kultuurilooline_kollektsioon, lk 40
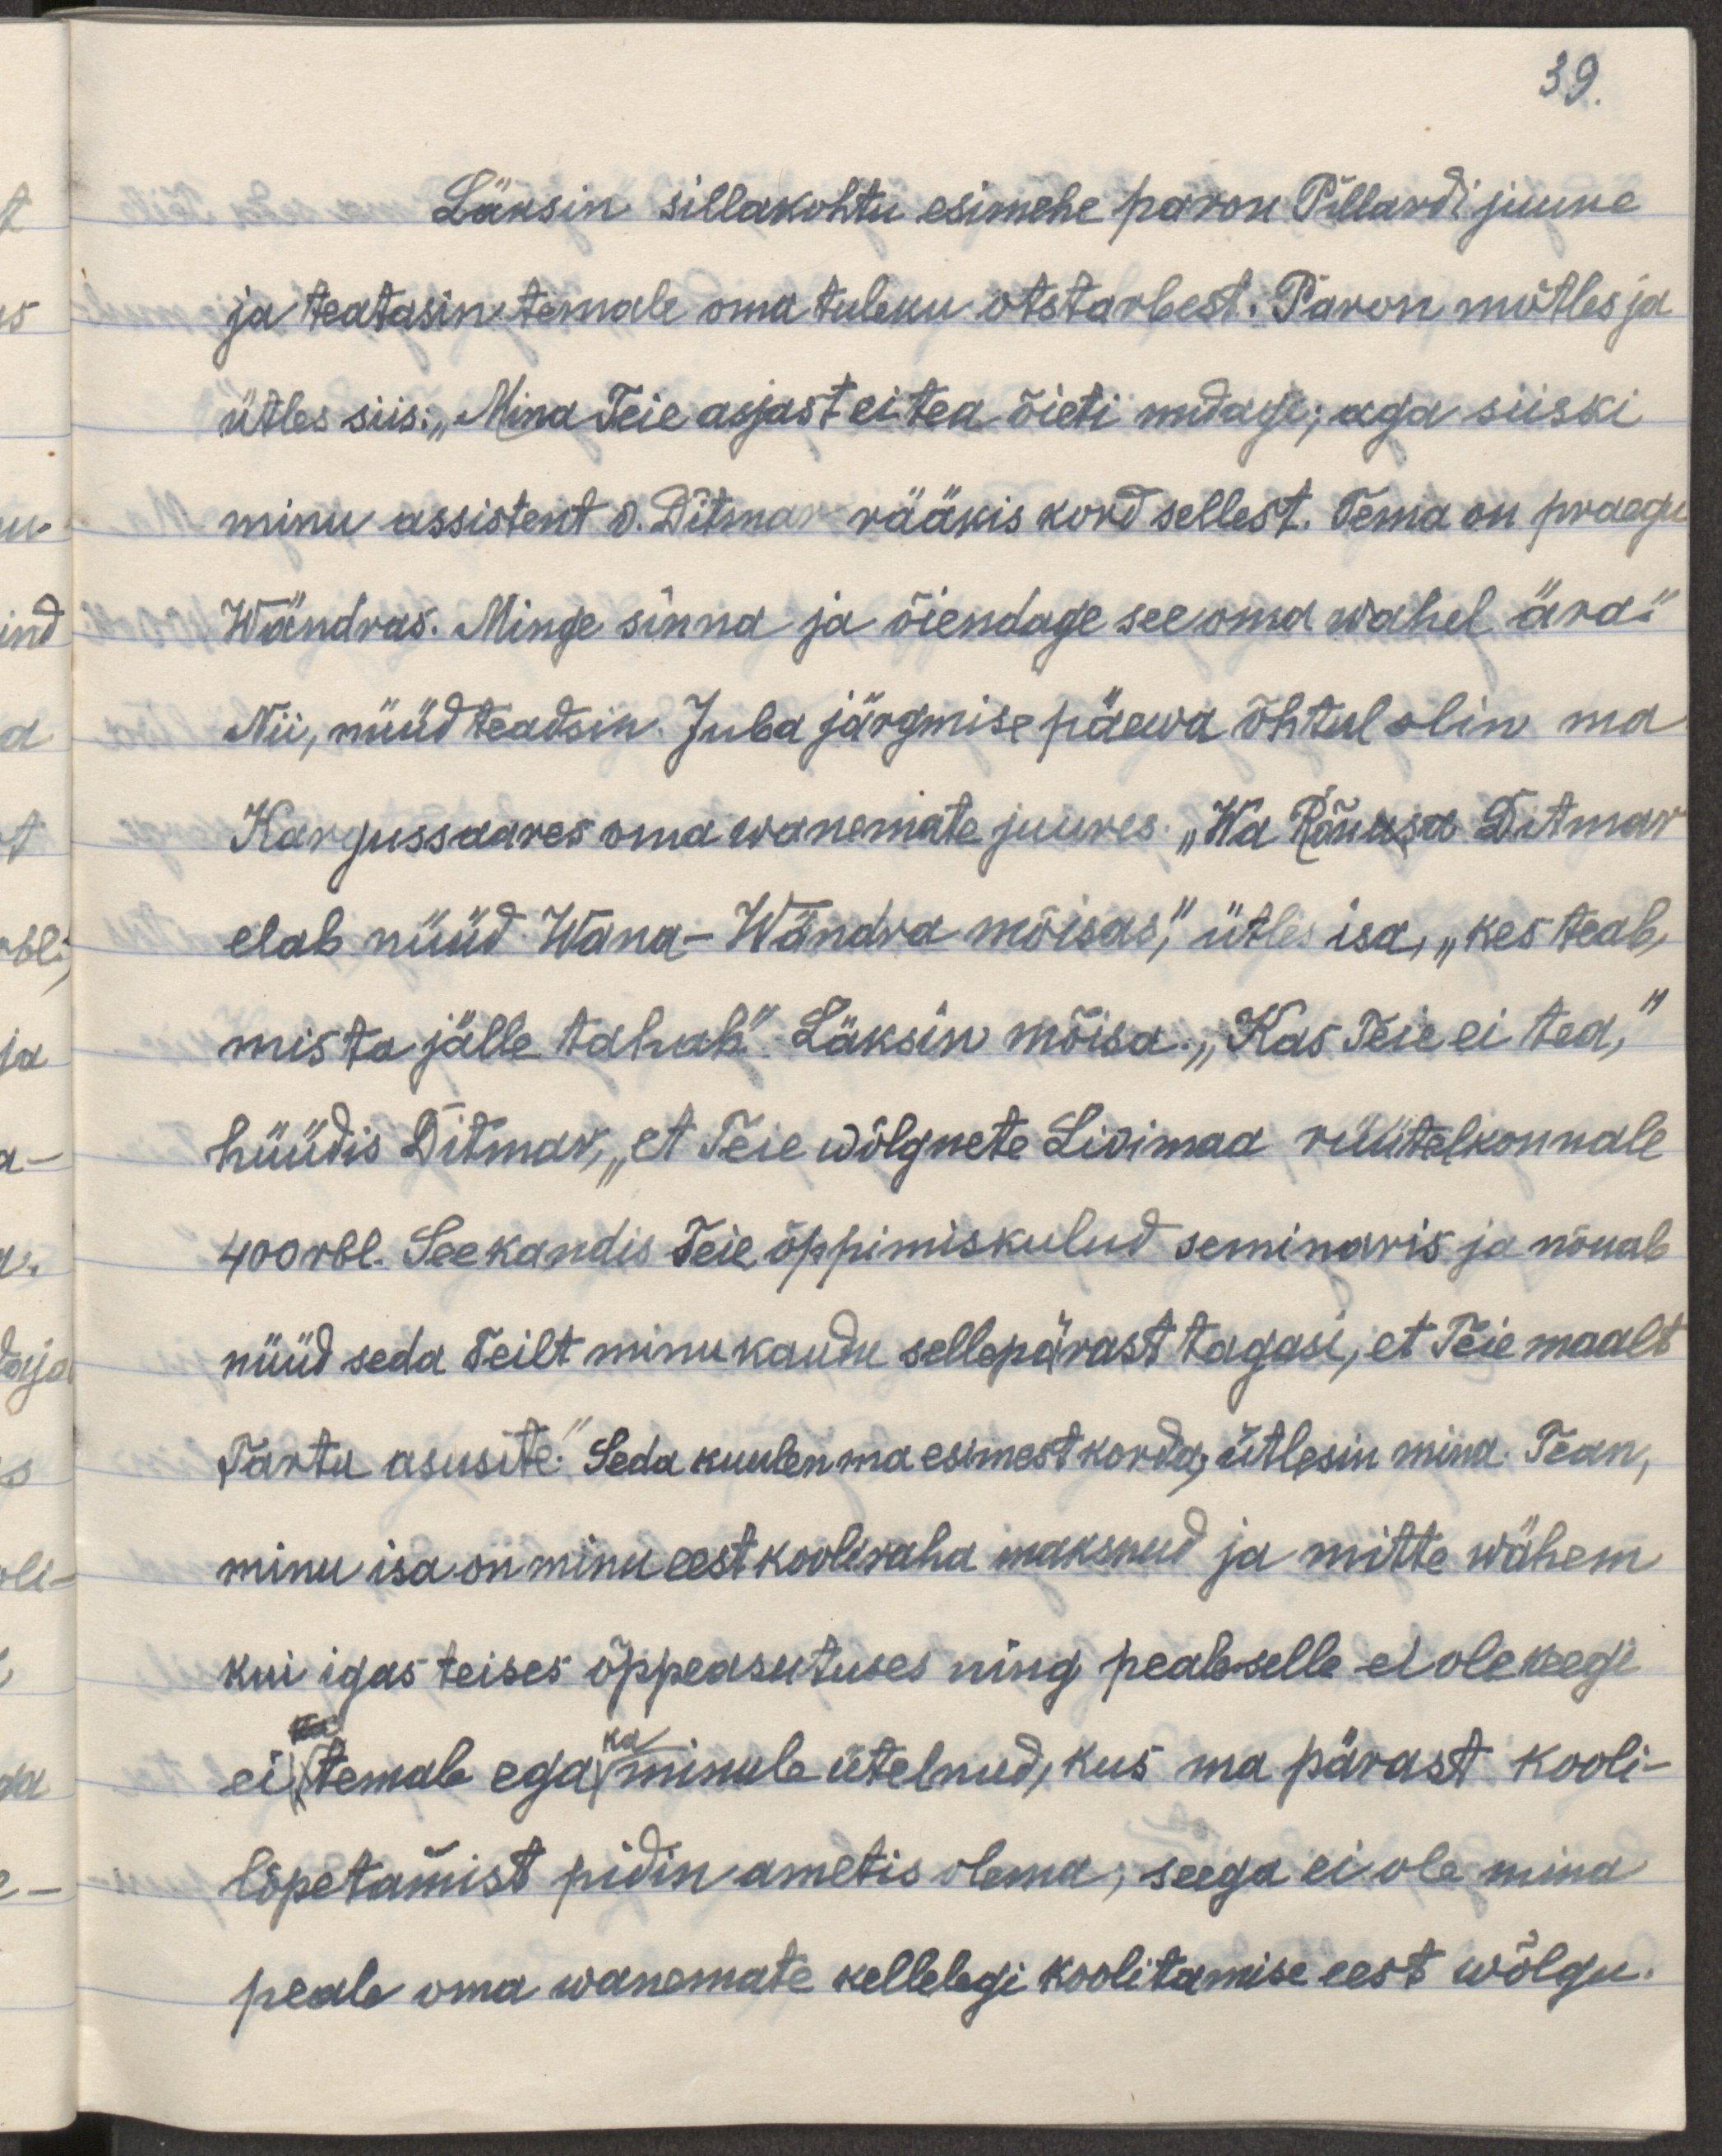
39.
Läksin sillakohtu esimehe paron Pillardi juure
ja teatasin temale oma tuleku otstarbest. Paron mõtles ja 
ütles siis: „Mina teie asjast ei tea õieti midagi; aga siiski
minu assistent v. Ditmar rääkis kord sellest. Tema on praegu 
Wändras. Minge sinna ja õigendage see oma wahel ära."
Nii, nüüd teadsin. Juba järgmise päewa õhtul olin ma 
Kargussaares oma wanemate juures. „Ka Rõuusa Ditmar
elab nüüd Wana-Wändra mõisas," ütles isa, „kes teab,
mis ta jälle tahab." Läksin mõisa. „Kas Teie ei tea," 
hüüdis Ditmar, „et Teie wõlgnete Liivimaa rüütelkonnale
400 rbl. See kandis Teie õppimiskulud seminaris ja nõuab
nüüd seda Teilt minu kaudu sellepärast tagasi, et Teie maalt
Tartu asusite." Seda kuulen mina esimest korda, ütlesin mina. Tean,
minu isa on minu eest kooliraha maksnud ja mitte wähem
kui igas teises õppeasutuses ning pealeselle ei ole keegi
ka ka
ei temale ega minul ütelnud, kus ma pärast kooli-
lõpetamist pidin ametis olema; seega ei ole mina
peale oma wanemate kellelegi koolitamise eest wõlgu.